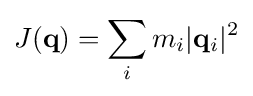
J(\mathbf {q} )=\sum _{i}m_{i}|\mathbf {q} _{i}|^{2}